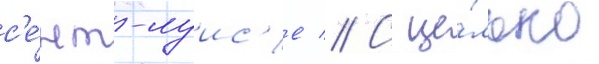
с'е́нт-луис'е // С це́лью